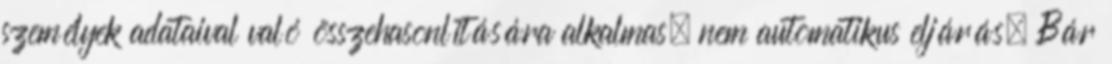
személyek adataival való összehasonlítására alkalmas, nem automatikus eljárás. Bár